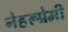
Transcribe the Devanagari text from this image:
नेहरूप्रेमी